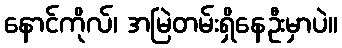
နောင်ကိုလ်၊ အမြဲတမ်းရှိနေဦးမှာပဲ။